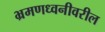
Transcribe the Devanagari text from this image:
भ्रमणध्वनीवरील